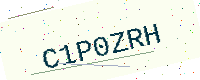
Text: C1P0ZRH